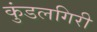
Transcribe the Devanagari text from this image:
कुंडलगिरी